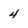
Character: 4